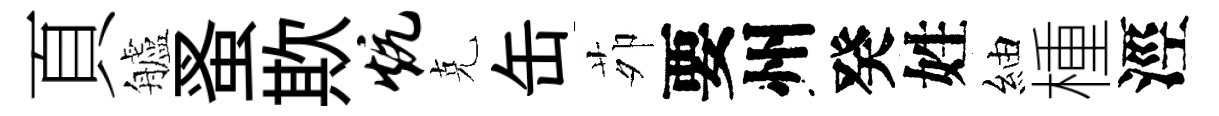
頁艫蚤欺炕克缶茆要州癸姓紬㮔涇